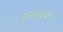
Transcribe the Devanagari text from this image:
इयरबुक